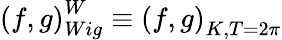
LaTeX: \left(f,g\right)_{Wig}^{W}\equiv\left(f,g\right)_{K,T=2\pi}